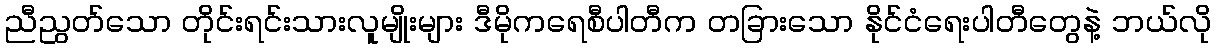
ညီညွတ်သော တိုင်းရင်းသားလူမျိုးများ ဒီမိုကရေစီပါတီက တခြားသော နိုင်ငံရေးပါတီတွေနဲ့ ဘယ်လို